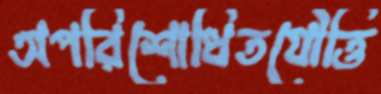
অপরিশোধিতযৌত্তি